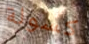
كسولة